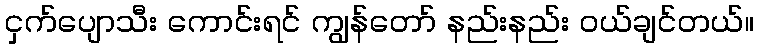
ငှက်ပျောသီး ကောင်းရင် ကျွန်တော် နည်းနည်း ဝယ်ချင်တယ်။